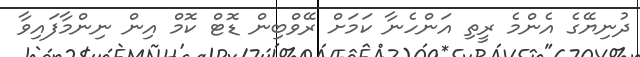
ދުނިޔޭގެ އެންމެ ރީތި އަންހެނާ ކަމަށް ރޭވްބިން ޑޮޓްް ކޮމް އިން ނިންމާފައިވާ